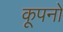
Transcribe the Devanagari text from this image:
कूपनों